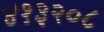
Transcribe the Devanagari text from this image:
४१३२०८